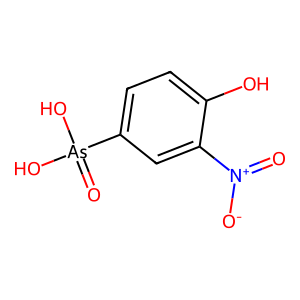
SMILES: O=[N+]([O-])c1cc([As](=O)(O)O)ccc1O
Inhibits HIV replication: No